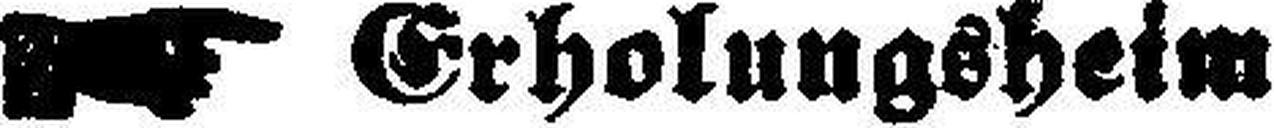
Erholungsheim